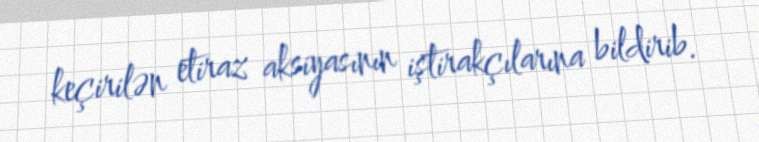
keçirilən etiraz aksiyasının iştirakçılarına bildirib.